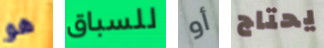
هو للسباق أو يحتاج